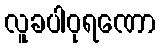
လူခပါဝုရဏော